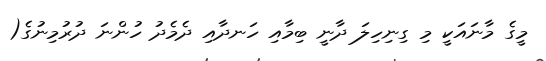
މީގެ މާނައަކީ މި ގިނިހިލަ ދާނީ ބިމާއި ހަނދާއި ދެމެދު ހުންނަ ދުރުމިނުގެ(